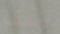
آسف